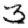
Digit: 3